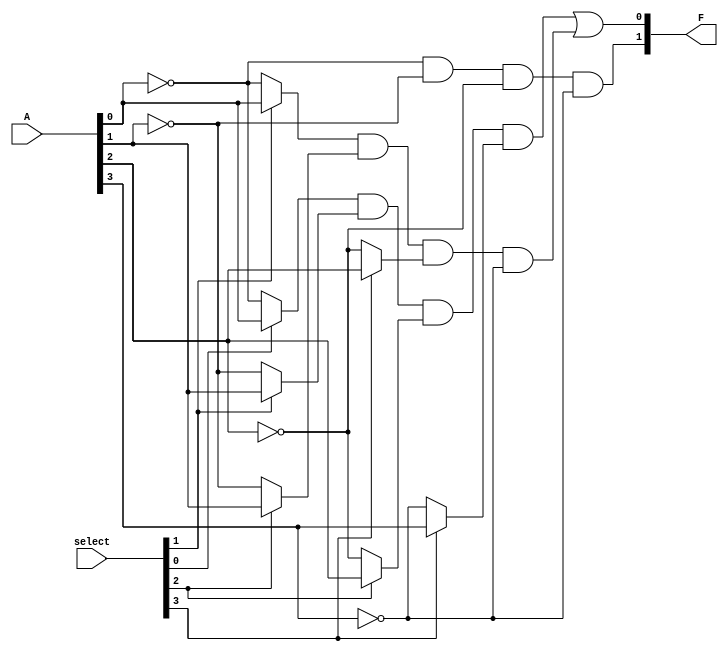
module GPAL #(parameter NUM_INPUTS = 4, parameter NUM_AND_GATES = 8, parameter NUM_OR_GATES = 2) (
    input wire [NUM_INPUTS-1:0] A,          // Input lines
    input wire [(NUM_INPUTS-1):0] select,   // Selection lines for programming AND gates
    output wire [NUM_OR_GATES-1:0] F        // Output lines
);

// Programmable AND Array
wire [NUM_AND_GATES-1:0] and_outputs;  // Outputs from AND gates

genvar i, j;
generate
    // Instantiate the programmable AND gates
    for (i = 0; i < NUM_AND_GATES; i = i + 1) begin : and_gate
        // Each AND gate can be programmed based on select signals
        assign and_outputs[i] = (select[i] ? A[0] : ~A[0]) & 
                                 (select[i + 1] ? A[1] : ~A[1]) &
                                 (select[i + 2] ? A[2] : ~A[2]) &
                                 (select[i + 3] ? A[3] : ~A[3]);
    end
endgenerate

// Fixed OR Array
wire [NUM_OR_GATES-1:0] or_outputs;  // Outputs from OR gates

generate
    // Combine outputs from the AND gates using fixed OR logic
    for (j = 0; j < NUM_OR_GATES; j = j + 1) begin : or_gate
        assign or_outputs[j] = and_outputs[j * (NUM_AND_GATES / NUM_OR_GATES)] |
                               and_outputs[j * (NUM_AND_GATES / NUM_OR_GATES) + 1];
    end
endgenerate

// Final output assignments
assign F = or_outputs;

endmodule